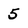
Character: 5